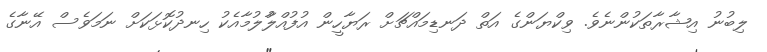
ލިބުނު އިޝާރާތަކުންނެވެ. ވިކްޔަންގެ އަތް ދަނޑިމައްޗަށް ރަޔާހީން އުފުއްލުާލުމާއެކު ހިނދުކޮޅަކަށް ނަމަވެސް އޭނާގެ